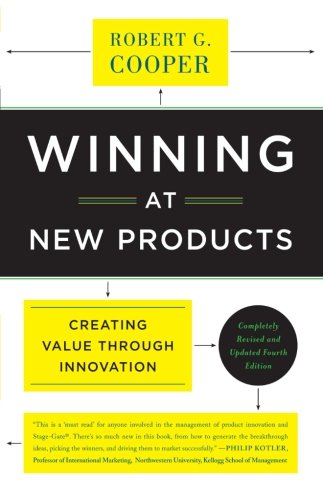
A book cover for Winning at New Products: Creating Value Through Innovation; Robert G. Cooper; Business & Money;